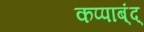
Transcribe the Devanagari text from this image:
कप्पाब्ंद्